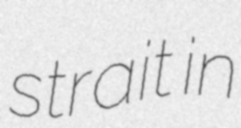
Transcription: strait in